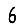
Digit: 6